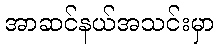
အာဆင်နယ်အသင်းမှာ